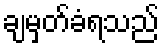
ချမှတ်ခံရသည်